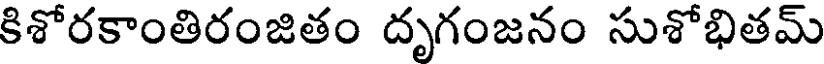
కిశోరకాంతిరంజితం దృగంజనం సుశోభితమ్